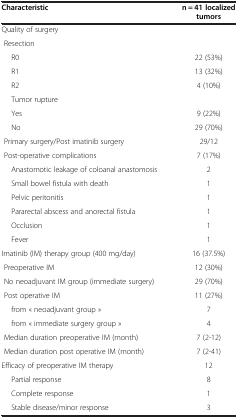
| Characteristic | n = 41 localized tumors |
 | --- | --- |
 | Quality of surgery |  |
 | Resection |  |
 | R0 | 22 (53%) |
 | R1 | 13 (32%) |
 | R2 | 4 (10%) |
 | Tumor rupture |  |
 | Yes | 9 (22%) |
 | No | 29 (70%) |
 | Primary surgery/Post imatinib surgery | 29/12 |
 | Post-operative complications | 7 (17%) |
 | Anastomotic leakage of coloanal anastomosis | 2 |
 | Small bowel fistula with death | 1 |
 | Pelvic peritonitis | 1 |
 | Pararectal abscess and anorectal fistula | 1 |
 | Occlusion | 1 |
 | Fever | 1 |
 | Imatinib (IM) therapy group (400 mg/day) | 16 (37.5%) |
 | Preoperative IM | 12 (30%) |
 | No neoadjuvant IM group (immediate surgery) | 29 (70%) |
 | Post operative IM | 11 (27%) |
 | from « neoadjuvant group » | 7 |
 | from « immediate surgery group » | 4 |
 | Median duration preoperative IM (month) | 7 (2-12) |
 | Median duration post operative IM (month) | 7 (2-41) |
 | Efficacy of preoperative IM therapy | 12 |
 | Partial response | 8 |
 | Complete response | 1 |
 | Stable disease/minor response | 3 |